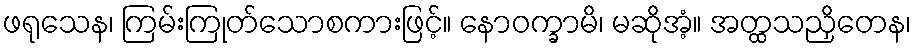
ဖရုသေန၊ ကြမ်းကြုတ်သောစကားဖြင့်။ နောဝက္ခာမိ၊ မဆိုအံ့။ အတ္ထသညှိတေန၊